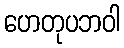
ဟေတုပဘဝါ